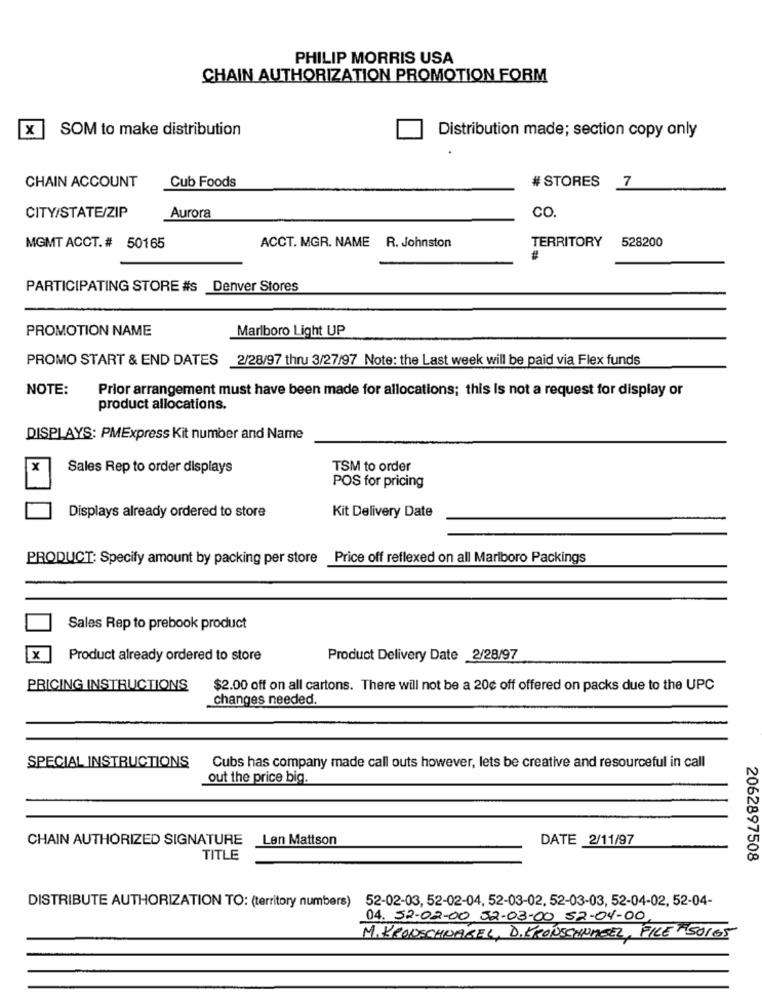
PHILIP MORRIS USA
CHAIN AUTHORIZATION PROMOTION FORM
X
SOM to make distribution
Distribution made; section copy only
CHAIN ACCOUNT
Cub Foods
# STORES
7
CITY/STATE/ZIP
Aurora
CO.
TERRITORY
528200
MGMT ACCT. # 50165
ACCT. MGR. NAME
R. Johnston
PARTICIPATING STORE #s Denver Stores
PROMOTION NAME
Marlboro Light UP
PROMO START & END DATES 2/28/97 thru 3/27/97 Note: the Last week will be paid via Flex funds
NOTE:
Prior arrangement must have been made for allocations; this Is not a request for display or
product allocations.
DISPLAYS: PMExpress Kit number and Name
Sales Rep to order displays
TSM to order
POS for pricing
Kit Delivery Date
Displays already ordered to store
PRODUCT: Specify amount by packing per store
Price off reflexed on all Marlboro Packings
Sales Rep to prebook product
X
Product already ordered to store
Product Delivery Date 2/28/97
PRICING INSTRUCTIONS
$2.00 off on all cartons. There will not be a 20¢ off offered on packs due to the UPC
changes needed.
SPECIAL INSTRUCTIONS
Cubs has company made call outs however, lets be creative and resourceful in call
out the price big.
CHAIN AUTHORIZED SIGNATURE
Len Mattson
DATE 2/11/97
TITLE
2062897508
DISTRIBUTE AUTHORIZATION TO: (territory numbers) 52-02-03, 52-02-04, 52-03-02, 52-03-03, 52-04-02, 52-04-
04. 52-02-00 52-03-00 52-04-00
M.KRONSCHNABEL, D.KRONSCHUHEEL, FILE"50165